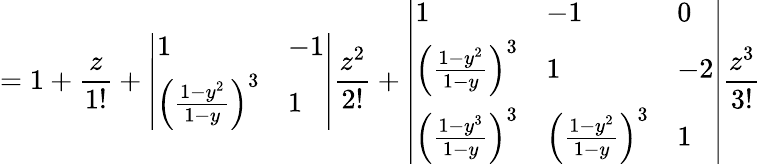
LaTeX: =1+\frac{z}{1!}+\left|\begin{array}{ll}{1}&{-1}\\ {\left(\frac{1-y^{2}}{1-y}\right)^{3}}&{1}\end{array}\right|\frac{z^{2}}{2!}+\left|\begin{array}{lll}{1}&{-1}&{0}\\ {\left(\frac{1-y^{2}}{1-y}\right)^{3}}&{1}&{-2}\\ {\left(\frac{1-y^{3}}{1-y}\right)^{3}}&{\left(\frac{1-y^{2}}{1-y}\right)^{3}}&{1}\end{array}\right|\frac{z^{3}}{3!}